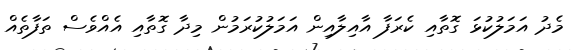
މެދު އަމަލުކުޅަ ގޮތާއި ކެރަފާ އާއިލާއިން އަމަލުކުރަމުން މިދާ ގޮތާއި އެއްވެސް ތަފާތެއް